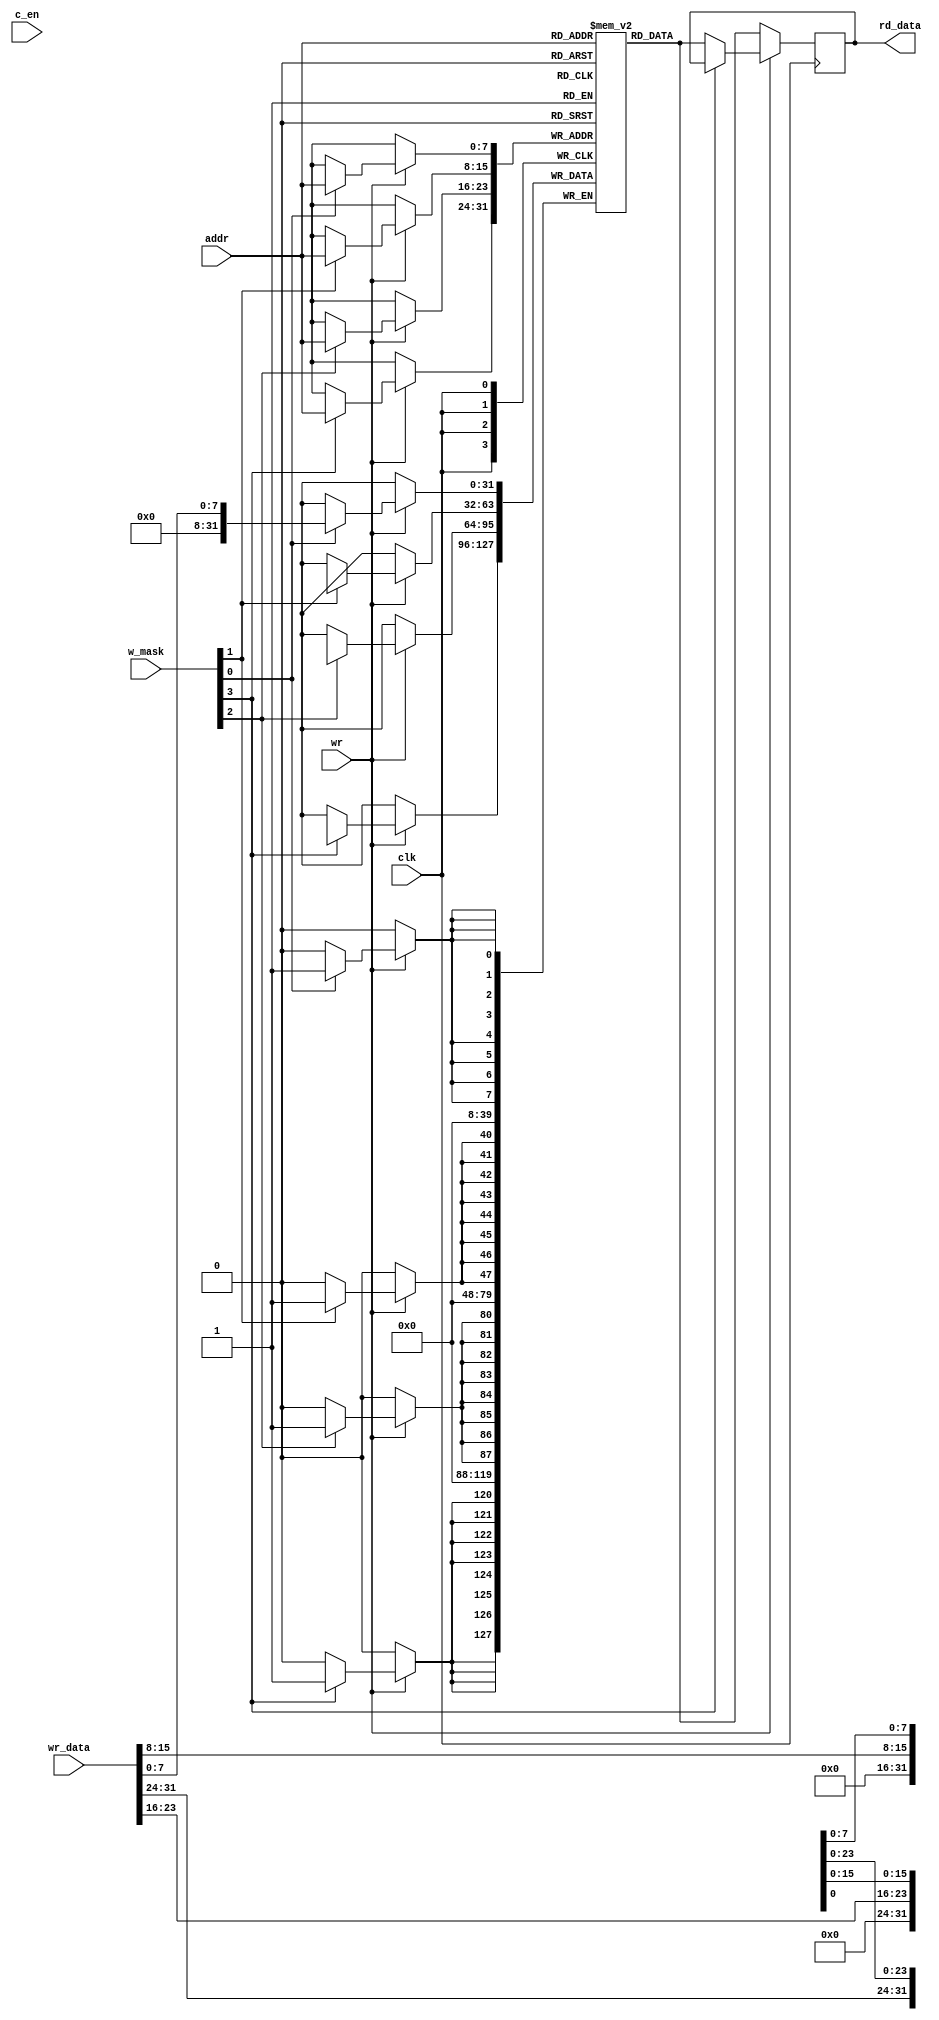
module bytemasking (addr,wr,clk,w_mask,c_en,wr_data,rd_data);

    input wire [7:0] addr;
    input wire clk;
    input wire wr;
    input wire c_en;
    input wire [3:0] w_mask;
    input wire [31:0] wr_data;
    output reg [31:0] rd_data;


    reg [31:0] mem_array[255:0];

    always @(posedge clk) begin
      if(wr)begin
      if(w_mask[0])begin
        mem_array[addr][7:0]<=wr_data[7:0];
      end
        if(w_mask[1])begin
        mem_array[addr][15:8]<=wr_data[15:8];
      end
        if(w_mask[2])begin
        mem_array[addr][23:16]<=wr_data[23:16];
      end
        if(w_mask[3])begin
        mem_array[addr][31:24]<=wr_data[31:24];
      end
       else begin
     rd_data <= mem_array[addr][31:0];
      end
      end
      
      else begin
     rd_data <= mem_array[addr][31:0];
      end
    end

  endmodule